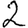
Digit: 2